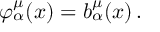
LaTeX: \varphi _ { \alpha } ^ { \mu } ( x ) = b _ { \alpha } ^ { \mu } ( x ) \, .